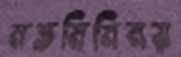
মতমিনিময়